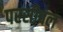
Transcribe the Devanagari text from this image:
परसीवल